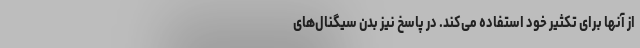
از آنها برای تکثیر خود استفاده می‌کند. در پاسخ نیز بدن سیگنال‌های